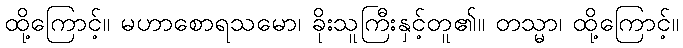
ထို့ကြောင့်။ မဟာစောရသမော၊ ခိုးသူကြီးနှင့်တူ၏။ တသ္မာ၊ ထို့ကြောင့်။